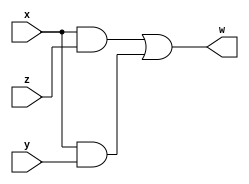
module comp5(input x,input y,input z,output w); 

 assign w = (x & z)|(x & y);
 
endmodule